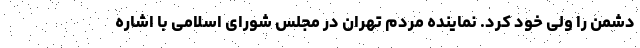
دشمن را ولی خود کرد. نماینده مردم تهران در مجلس شورای اسلامی با اشاره